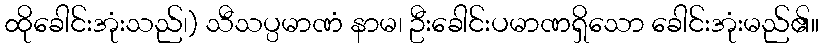
ထိုခေါင်းအုံးသည်၊) သီသပ္ပမာဏံ နာမ၊ ဦးခေါင်းပမာဏရှိသော ခေါင်းအုံးမည်၏။